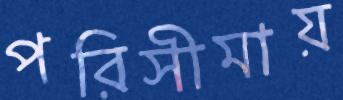
পরিসীমায়